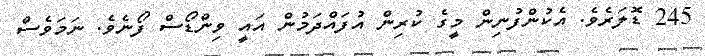
245 ޑޮލަރެވެ. އެކުންފުނިން މީގެ ކުރިން އުފައްދަމުން އައީ ވިންޑޯސް ފޯނެވެ. ނަމަވެސް